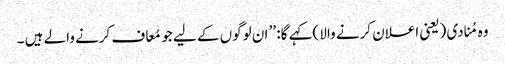
وہ مُنادی (یعنی اعلان کرنے والا )کہے گا: ’’ ان لوگوں کے لیے جو مُعاف کرنے والے ہیں ۔